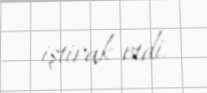
iştirak etdi.